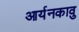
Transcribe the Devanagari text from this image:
आर्यनकावु